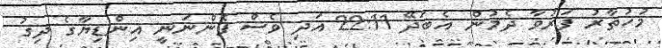
މުހުތާރު ފަރުވާ ދެމުން އެބަދޭ 22:11 އަދި ވެސް ފެންނަނީ އިންޑިޔާގެ ދިގު